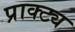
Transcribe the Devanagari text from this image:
प्राक्ट्य